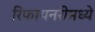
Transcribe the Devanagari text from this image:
रिफायनरीमध्ये